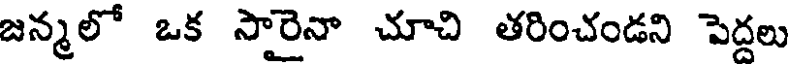
జన్మలో ఒక సారైనా చూచి తరించండని పెద్దలు